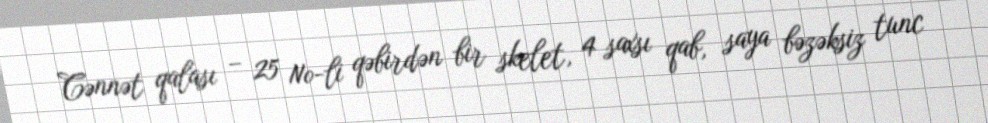
Cənnət qalası – 25 №-li qəbirdən bir skelet, 4 saxsı qab, saya bəzəksiz tunc